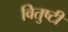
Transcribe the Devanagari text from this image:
वितुष्टी